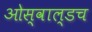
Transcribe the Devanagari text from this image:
ओस्वाल्डच